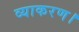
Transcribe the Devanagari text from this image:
व्याकरण।